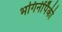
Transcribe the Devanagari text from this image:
भगिनींपैकी